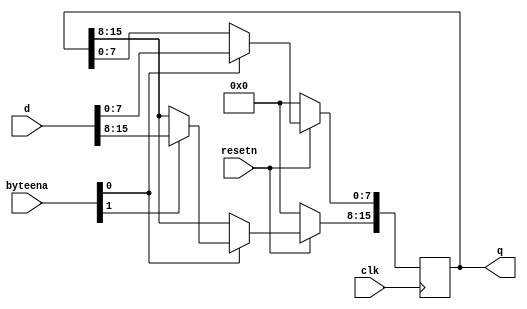
module top_module (
    input clk,
    input resetn,
    input [1:0] byteena,
    input [15:0] d,
    output [15:0] q
);
    always@(posedge clk)
        begin
            if(~resetn)
                q <= 16'd0;
            else if(byteena[0] == 1'b1 || byteena[0] == 1'b1)
                begin
                    if(byteena[1] == 1'b1)
                        q[15:8] <= d[15:8];
                    if(byteena[0] == 1'b1)
                        q[7:0] <= d[7:0];
                end
        end
endmodule